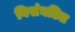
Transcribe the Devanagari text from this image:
विसंघटित